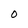
Character: O